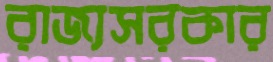
রাজ্যসরকার